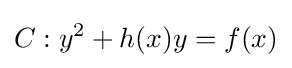
C:y^{2}+h(x)y=f(x)